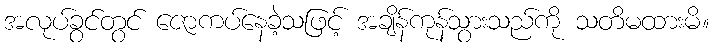
အလုပ်ခွင်တွင် ဇောကပ်နေခဲ့သဖြင့် အချိန်ကုန်သွားသည်ကို သတိမထားမိ။